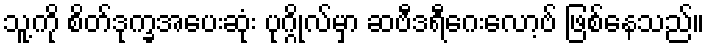
သူ့ကို စိတ်ဒုက္ခအပေးဆုံး ပုဂ္ဂိုလ်မှာ ဆဗီဒရီဂေးလော့ဗ် ဖြစ်နေသည်။